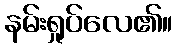
နမ်းရှုပ်လေ၏။